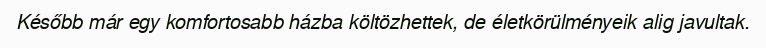
Később már egy komfortosabb házba költözhettek, de életkörülményeik alig javultak.